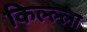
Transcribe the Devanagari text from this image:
किल्ल्‍ला